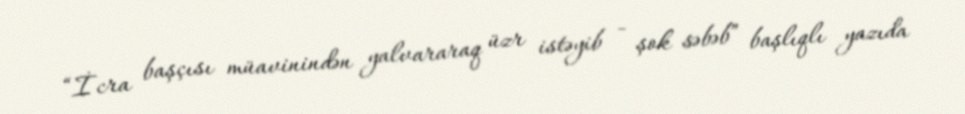
“İcra başçısı müavinindən yalvararaq üzr istəyib - şok səbəb” başlıqlı yazıda